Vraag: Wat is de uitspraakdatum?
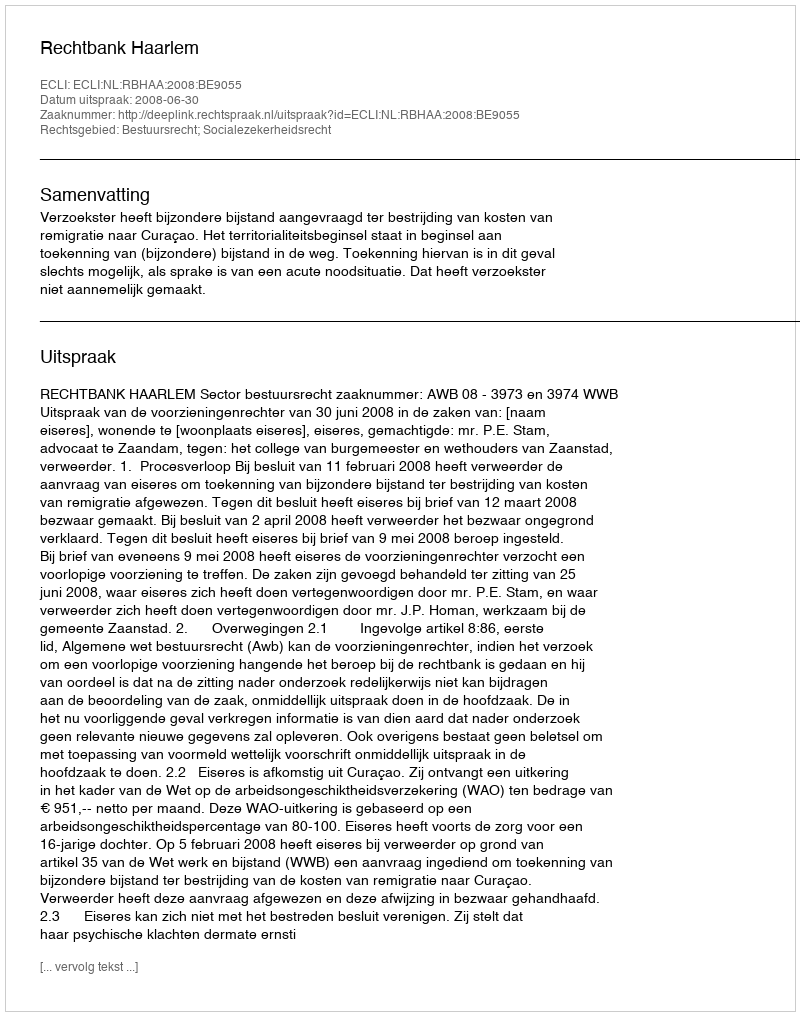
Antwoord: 2008-06-30